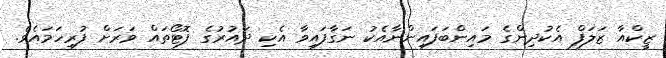
ޒީކްއާ ޒަލަފް އެކުދިންގެ މައިންބަފައިންނާއެކު ނަގާފައިވާ އެކި ދައުރުގެ ފޮޓޯތައް ވަރަށް ފުރިހަމައެވެ.